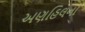
અણહિલના